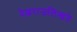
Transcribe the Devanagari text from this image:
देशराजलिखते